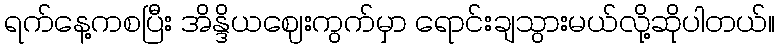
ရက်နေ့ကစပြီး အိန္ဒိယဈေးကွက်မှာ ရောင်းချသွားမယ်လို့ဆိုပါတယ်။